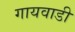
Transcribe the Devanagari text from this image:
गायवाडी